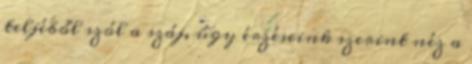
teljéből szól a száj, úgy érzéseink szerint néz a